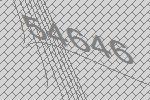
54646